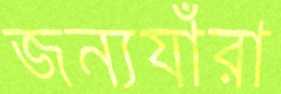
জন্যযাঁরা